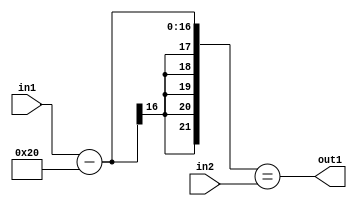
`timescale 1ps / 1ps
/*****************************************************************************
    Verilog RTL Description
    
    
    Created by: Stratus DpOpt 2019.1.01 
*******************************************************************************/

module st_weight_addr_gen_EqSubi32u16u16_4_11 (
	in2,
	in1,
	out1
	); /* architecture "behavioural" */ 
input [15:0] in2,
	in1;
output  out1;
wire  asc001;
wire [16:0] asc003;

assign asc003 = 
	+(in1)
	-(17'B00000000000100000);

assign asc001 = ({{5{asc003[16]}}, asc003}==in2);

assign out1 = asc001;
endmodule

/* CADENCE  uLDwQgE= : u9/ySgnWtBlWxVPRXgAZ4Og= ** DO NOT EDIT THIS LINE ******/